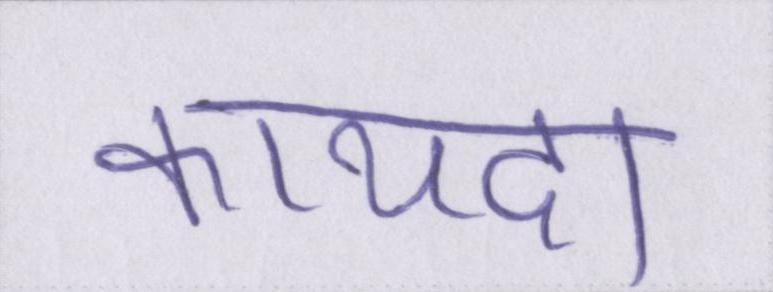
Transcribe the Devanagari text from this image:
कायदा